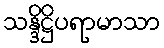
သန္ဒိဋ္ဌိပရာမာသာ